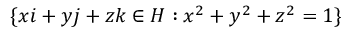
\lbrace x i + y j + z k \in H : x ^ { 2 } + y ^ { 2 } + z ^ { 2 } = 1 \rbrace